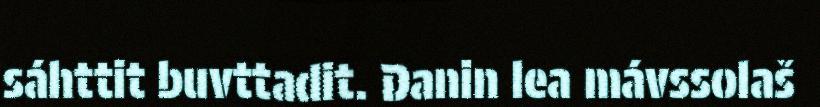
sáhttit buvttadit. Danin lea mávssolaš